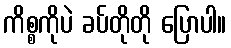
ကိစ္စကိုပဲ ခပ်တိုတို ပြောပါ။